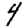
Digit: 4